Code of medical and sanitary regulations for the guidance of medical officers serving in the Madras Presidency - Volume I
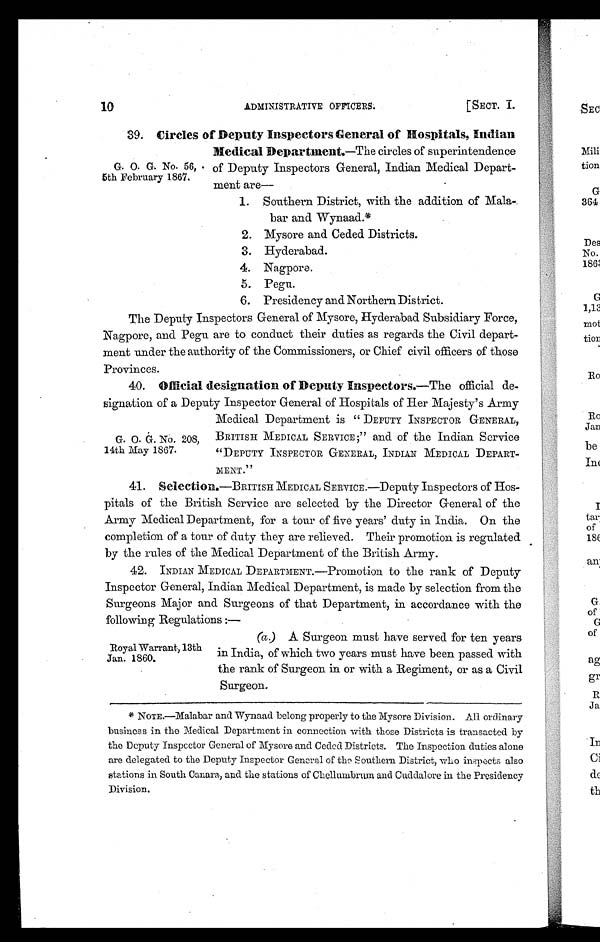
10
[SECT. I.
ADMINISTRATIVE OFFICERS.
39. Circles of Deputy Inspectors General of Hospitals, Indian
Medical Department.—The circles of superintendence
of Deputy Inspectors General, Indian Medical Depart-
ment are-
1. Southern District, with the addition of Mala-,
bar and Wynaad.*
2. Mysore and Ceded Districts.
3. Hyderabad.
4. Nagpore.
5. Pegu.
6. Presidency and Northern District.
The Deputy Inspectors General of Mysore, Hyderabad Subsidiary Force,
Nagpore, and Pegu are to conduct their duties as regards the Civil depart-
ment under the authority of the Commissioners, or Chief civil officers of those
Provinces.
40. Official designation of Deputy Inspectors.—The official de-
signation of a Deputy Inspector General of Hospitals of Her Majesty's Army
Medical Department is " DEPUTY INSPECTOR GENERAL,
BRITISH MEDICAL SERVICE; " and of the Indian Service
" DEPUTY INSPECTOR GENERAL, INDIAN MEDICAL DEPART-
MENT."
41. Selection.—BRITISH MEDICAL SERVICE.—Deputy Inspectors of Hos-
pitals of the British Service are selected by the Director General of the
Army Medical Department, for a tour of five years' duty in India. On the
completion of a tour of duty they are relieved. Their promotion is regulated
by the rules of the Medical Department of the British Army.
42. INDIAN MEDICAL DEPARTMENT.—Promotion to the rank of Deputy
Inspector General, Indian Medical Department, is made by selection from the
Surgeons Major and Surgeons of that Department, in accordance with the
following Regulations :—
(a) A Surgeon must have served for ten years
in India, of which two years must have been passed with
the rank of Surgeon in or with a Regiment, or as a Civil Surgeon.
* NoTE.—Malabar and Wynaad belong properly to the Mysore Division. All ordinary
business in the Medical Department in connection with those Districts is transacted by
the Deputy Inspector General of Mysore and Ceded Districts. The Inspection duties alone
are delegated to the Deputy Inspector General of the Southern District, who inspects also
stations in South Canara, and the stations of Chellumbrum and Cuddalore in the Presidency
Division.
G. 0. G. No. 56,
5th February 1867.
G. 0. G. No. 208
14th May 1867.
Royal Warrant,13th
Jan. 1860.